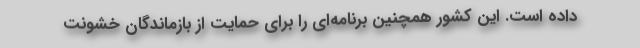
داده است. این کشور همچنین برنامه‌ای را برای حمایت از بازماندگان خشونت